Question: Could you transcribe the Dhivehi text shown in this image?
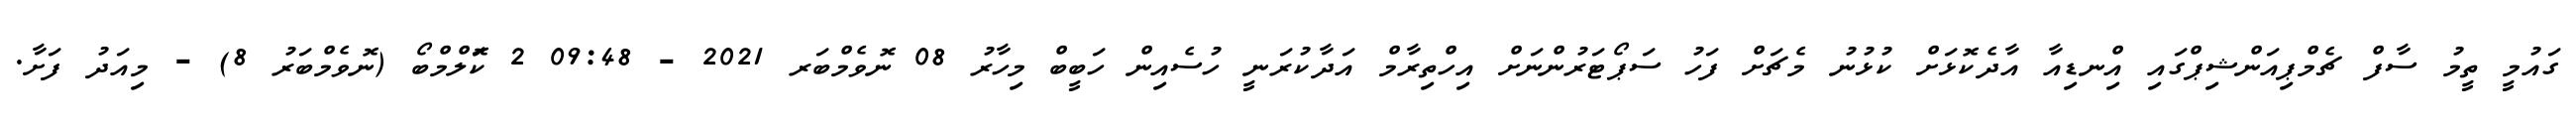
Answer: ގައުމީ ތީމު ސާފް ޗެމްޕިއަންޝިޕްގައި އިްނޑިއާ އާދެކޮޅަށް ކުޅުނު މެޗަށް ފަހު ސަޕޯޓަރުންނަށް އިހްތިރާމް އަދާކުރަނީ ހުސެއިން ހަބީބް މިހާރު 08 ނޮވެމްބަރ 2021 - 09:48 2 ކޮަލްމްބޯ (ނޮވެމްބަރު 8) - މިއަދު ފަށާ.